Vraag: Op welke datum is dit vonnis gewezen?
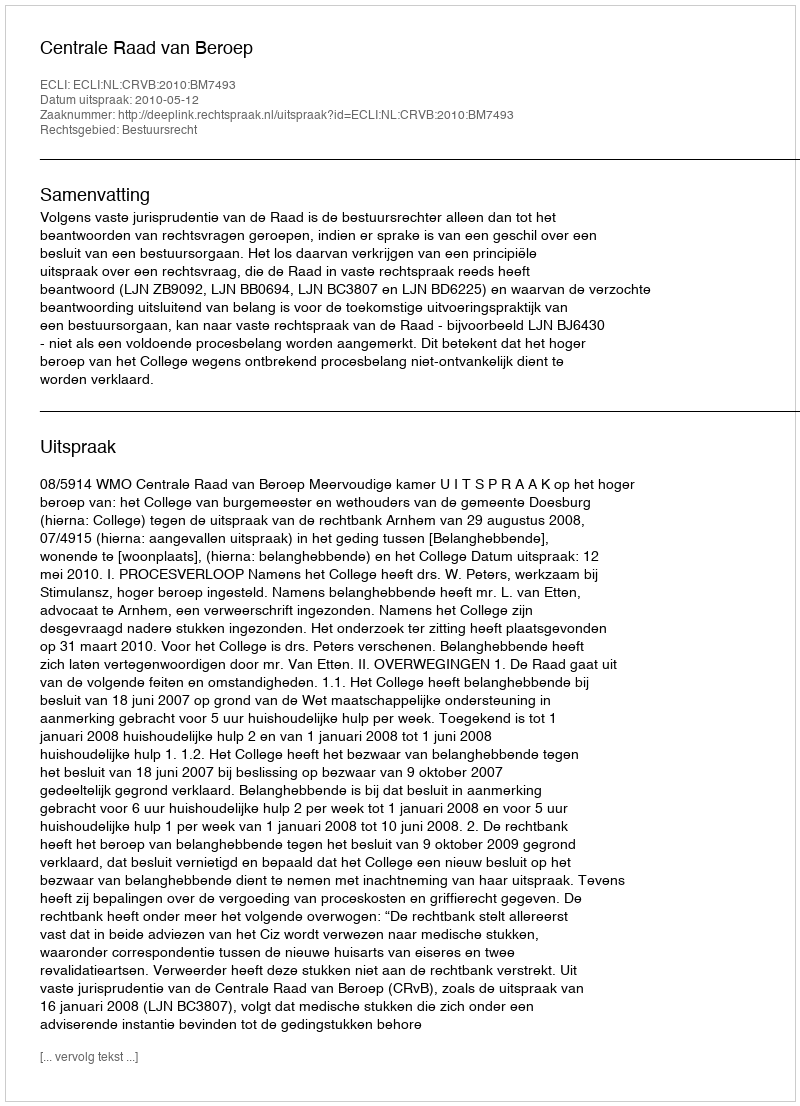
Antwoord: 2010-05-12